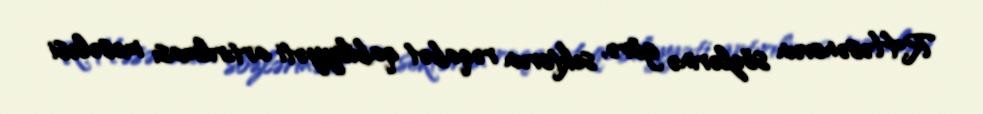
R.Həsənovun sözlərinə görə, sektorun rəqabət qabiliyyəti artırılması məsələsi